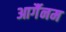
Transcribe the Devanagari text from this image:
आर्गैनम